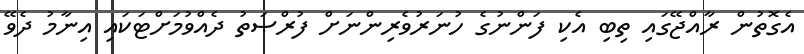
އެގޮތުން ރާއްޖޭގައި ތިބި އެކި ފަންނުގެ ހުނަރުވެރިންނަށް ފުރްޞަތު ދެއްވުމަށްޓަކައި އިނާމު ދެވޭ